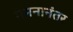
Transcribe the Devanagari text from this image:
गमनानंतर